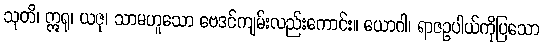
သုတိ၊ ဣရု၊ ယဇု၊ သာမဟူသော ဗေဒင်ကျမ်းလည်းကောင်း။ ယောဂါ၊ ရာဇဥပါယ်ကိုပြသော